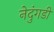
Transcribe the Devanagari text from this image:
नेदुंगडी